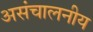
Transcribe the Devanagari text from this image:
असंचालनीय